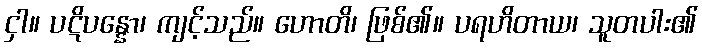
ငှါ။ ပဋိပန္နော၊ ကျင့်သည်။ ဟောတိ၊ ဖြစ်၏။ ပရဟိတာယ၊ သူတပါး၏